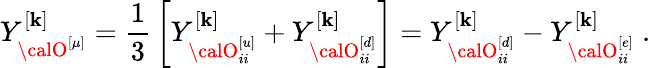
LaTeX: Y_{{\calO}_{}^{[\mu]}}^{[\mathbf{k}]}={\frac{{1}}{{3}}}\left[Y_{{\calO}_{ii}^{[u]}}^{[\mathbf{k}]}+Y_{{\calO}_{ii}^{[d]}}^{[\mathbf{k}]}\right]=Y_{{\calO}_{ii}^{[d]}}^{[\mathbf{k}]}-Y_{{\calO}_{ii}^{[e]}}^{[\mathbf{k}]}\ .